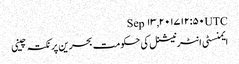
Sep ۱۳, ۲۰۱۷ ۱۲:۵۰ UTC
ایمنسٹی انٹرنیشنل کی حکومت بحرین پر نکتہ چینی